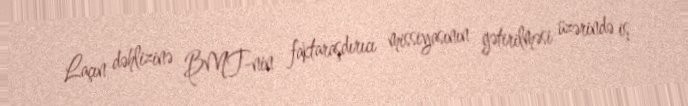
Laçın dəhlizinə BMT-nin faktaraşdırıcı missiyasının gətirilməsi üzərində iş